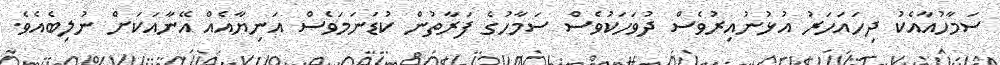
ސަމާހުއާއެކު ދިހައަހަރު އުޅުނުއިރުވެސް ދުވަހަކުވެސް ސަމާހުގެ ފަރާތުން ކުޑަނަމަވެސް އަނިޔާއެއް އޭނާއަކަށް ނުލިބެއެވެ.